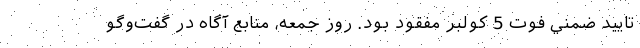
تاييد ضمني فوت 5 كولبر مفقود بود. روز جمعه، منابع آگاه در گفت‌وگو